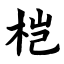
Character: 桤